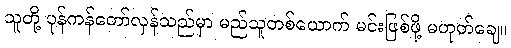
သူတို့ ပုန်ကန်တော်လှန်သည်မှာ မည်သူတစ်ယောက် မင်းဖြစ်ဖို့ မဟုတ်ချေ။